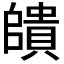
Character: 𮚠